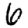
Digit: 6